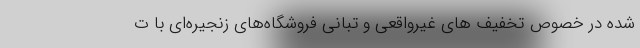
شده در خصوص تخفیف های غیرواقعی و تبانی فروشگاه‌های زنجیره‌ای با ت